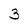
Character: 3